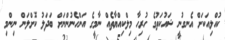
ކުއްލިއަކަށް އެނގުނީ ޝައުކަތުގެ ހުރިހާ މިލްކިއްޔާތެއް ނާމީގެ އަންހެނުންނަށް ބަދަލު ކޮށްލަން ނިންމި